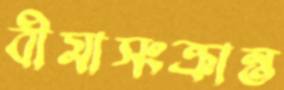
বীমাসংক্রান্ত